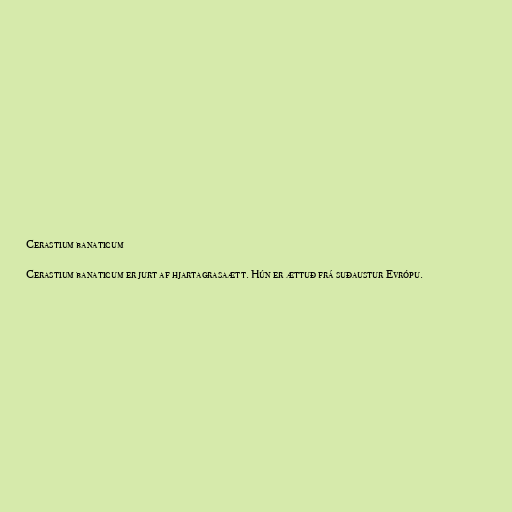
Cerastium banaticum

Cerastium banaticum er jurt af hjartagrasaætt. Hún er ættuð frá suðaustur Evrópu.